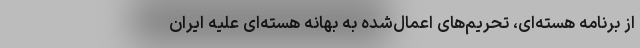
از برنامه هسته‌ای، تحریم‌های اعمال‌شده به بهانه هسته‌ای علیه ایران